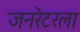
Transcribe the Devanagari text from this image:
जनरेटरला